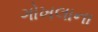
ગોખલાના